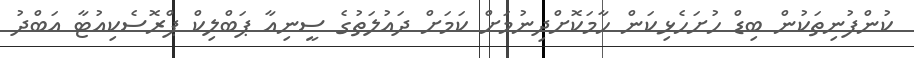
ކުންފުނިތަކުން ބިޑް ހުށަހެޅިކަން ހާމަކޮށްދިނުމަށް ކަމަށް ދައުލަތުގެ ސީނިއާ ޕަބްލިކް ޕްރޮސެކިއުޓާ އަބްދު